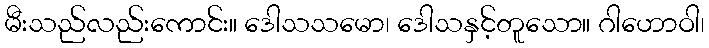
မီးသည်လည်းကောင်း။ ဒေါသသမော၊ ဒေါသနှင့်တူသော။ ဂါဟောဝါ၊